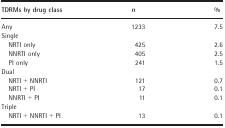
| TDRMs by drug class | n | % |
 | --- | --- | --- |
 | Any | 1233 | 7.5 |
 | <COLSPAN=3> Single |
 | NRTI only | 425 | 2.6 |
 | NNRTI only | 405 | 2.5 |
 | PI only | 241 | 1.5 |
 | <COLSPAN=3> Dual |
 | NRTI + NNRTI | 121 | 0.7 |
 | NRTI + PI | 17 | 0.1 |
 | NNRTI + PI | 11 | 0.1 |
 | <COLSPAN=3> Triple |
 | NRTI + NNRTI + PI | 13 | 0.1 |